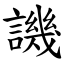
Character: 譏